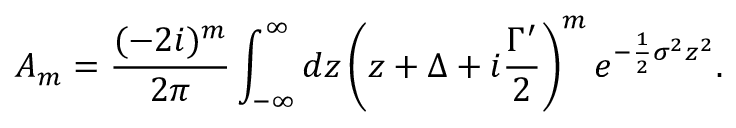
A _ { m } = \frac { ( - 2 i ) ^ { m } } { 2 \pi } \int _ { - \infty } ^ { \infty } d z \left( z + \Delta + i \frac { \Gamma ^ { \prime } } { 2 } \right) ^ { m } e ^ { - \frac { 1 } { 2 } \sigma ^ { 2 } z ^ { 2 } } .